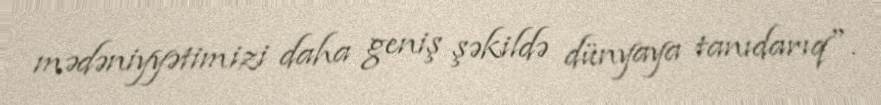
mədəniyyətimizi daha geniş şəkildə dünyaya tanıdarıq".